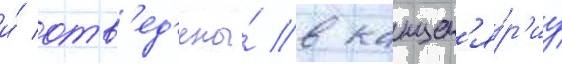
и́ отв'ед'ены́ в канцел'я́р'иу